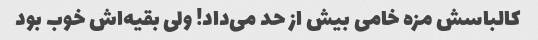
کالباسش مزه خامی بیش از حد می‌داد! ولی بقیه‌اش خوب بود